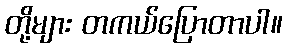
တို့များ တကယ်ပြောတာပါ။